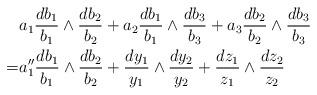
LaTeX: \begin{align*} & a_1 \frac{d b_1}{b_1} \wedge \frac{d b_2}{b_2}+a_2 \frac{d b_1}{b_1} \wedge \frac{d b_3}{b_3}+a_3 \frac{d b_2}{b_2} \wedge \frac{d b_3}{b_3}\\=& a_1'' \frac{d b_1}{b_1} \wedge \frac{d b_2}{b_2}+ \frac{d y_1}{y_1} \wedge \frac{d y_2}{y_2}+ \frac{d z_1}{z_1}\wedge \frac{d z_2}{z_2}\end{align*}